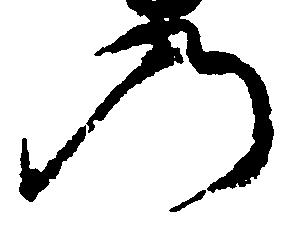
の